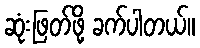
ဆုံးဖြတ်ဖို့ ခက်ပါတယ်။